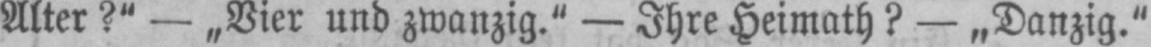
Alter?“ - „Vier und zwanzig.“ - Ihre Heimath? - „Danzig.“